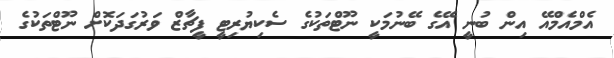
އެމްއެމްއޭ އިން ބުނީ އޭގެ ބޭނުމަކީ ނޫޓްތަކުގެ ސެކިޔުރިޓީ ފީޗާޒް ވަރުގަދަކޮށް ނޫޓްތަކުގެ